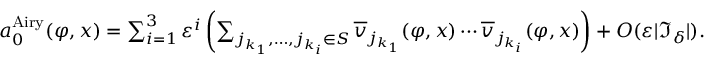
\begin{array} { r } { a _ { 0 } ^ { \mathrm { A i r y } } ( \varphi , x ) = \sum _ { i = 1 } ^ { 3 } \varepsilon ^ { i } \left( \sum _ { j _ { k _ { 1 } } , \ldots , j _ { k _ { i } } \in S } \overline { { v } } _ { j _ { k _ { 1 } } } ( \varphi , x ) \cdots \overline { { v } } _ { j _ { k _ { i } } } ( \varphi , x ) \right) + O ( \varepsilon | \mathfrak { I } _ { \delta } | ) . } \end{array}